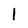
Character: 1